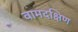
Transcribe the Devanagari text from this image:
वामदक्षिण